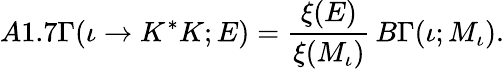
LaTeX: A1.7\Gamma(\iota\rightarrow K^{*}K;E)=\frac{\xi(E)}{\xi(M_{\iota})}\, B\Gamma(\iota;M_{\iota}).